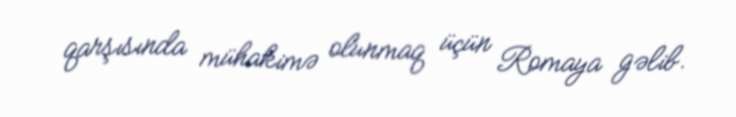
qarşısında mühakimə olunmaq üçün Romaya gəlib.